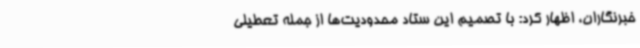
خبرنگاران، اظهار کرد: با تصمیم این ستاد محدودیت‌ها از جمله تعطیلی